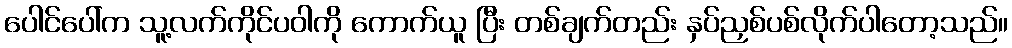
ပေါင်ပေါ်က သူ့လက်ကိုင်ပဝါကို ကောက်ယူ ပြီး တစ်ချက်တည်း နှပ်ညှစ်ပစ်လိုက်ပါတော့သည်။